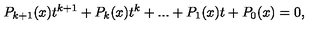
P _ { k + 1 } ( x ) t ^ { k + 1 } + P _ { k } ( x ) t ^ { k } + . . . + P _ { 1 } ( x ) t + P _ { 0 } ( x ) = 0 ,